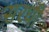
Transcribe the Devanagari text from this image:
सरधी